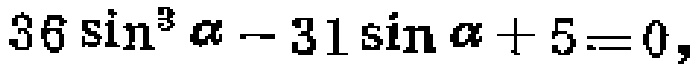
\(36\sin^{3}\alpha - 31\sin\alpha + 5 = 0\)